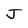
Character: J